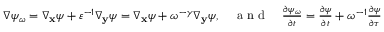
\begin{array} { r } { \nabla \psi _ { \omega } = \nabla _ { \mathbf x } \psi + \varepsilon ^ { - 1 } \nabla _ { \mathbf y } \psi = \nabla _ { \mathbf x } \psi + \omega ^ { - \gamma } \nabla _ { \mathbf y } \psi , \quad \mathrm { ~ a ~ n ~ d ~ } \quad \frac { \partial \psi _ { \omega } } { \partial t } = \frac { \partial \psi } { \partial t } + \omega ^ { - 1 } \frac { \partial \psi } { \partial \tau } } \end{array}